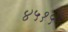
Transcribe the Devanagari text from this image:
४५१५